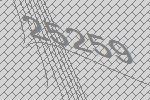
25259